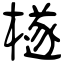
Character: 檖